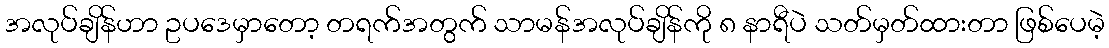
အလုပ်ချိန်ဟာ ဥပဒေမှာတော့ တရက်အတွက် သာမန်အလုပ်ချိန်ကို ၈ နာရီပဲ သတ်မှတ်ထားတာ ဖြစ်ပေမဲ့